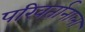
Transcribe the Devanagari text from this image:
परिवर्तानाला